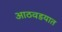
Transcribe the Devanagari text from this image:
आठवडयात